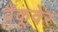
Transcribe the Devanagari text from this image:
वैंकूवेर